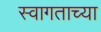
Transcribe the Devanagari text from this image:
स्वागताच्या